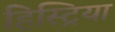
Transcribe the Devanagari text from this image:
हिस्ट्रिया